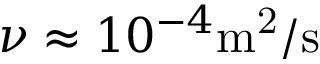
\nu \approx 1 0 ^ { - 4 } \mathrm { m ^ { 2 } / s }